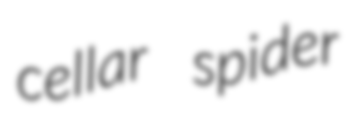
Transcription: cellar spider